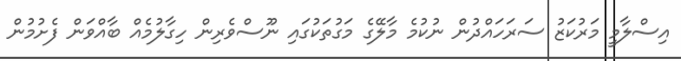
އިސްލާމީ މަރުކަޒު ސަރަހައްދުން ނުކުމެ މާލޭގެ މަގުތަކުގައި ނޫސްވެރިން ހިގާލުމެއް ބާއްވަން ފެށުމުން